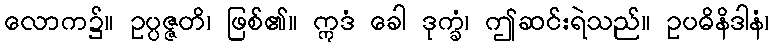
လောက၌။ ဥပ္ပဇ္ဇတိ၊ ဖြစ်၏။ ဣဒံ ခေါ ဒုက္ခံ၊ ဤဆင်းရဲသည်။ ဥပဓိနိဒါနံ၊